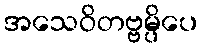
အသေဝိတဗ္ဗမ္ပိပေ